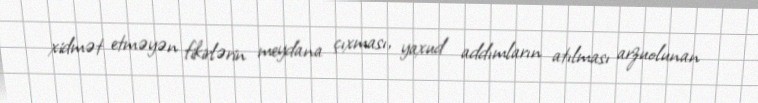
xidmət etməyən fikirlərin meydana çıxması, yaxud addımların atılması arzuolunan